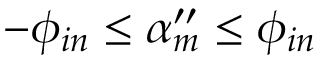
- \phi _ { i n } \le \alpha _ { m } ^ { \prime \prime } \le \phi _ { i n }